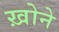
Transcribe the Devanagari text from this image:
ख़ोने